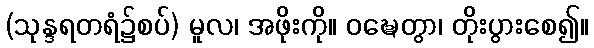
(သုန္ဒရတရံ၌စပ်) မူလ၊ အဖိုးကို။ ဝဍ္ဎေတွာ၊ တိုးပွားစေ၍။